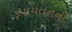
રૂપાયતનની